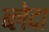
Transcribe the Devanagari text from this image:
ब्लेदा